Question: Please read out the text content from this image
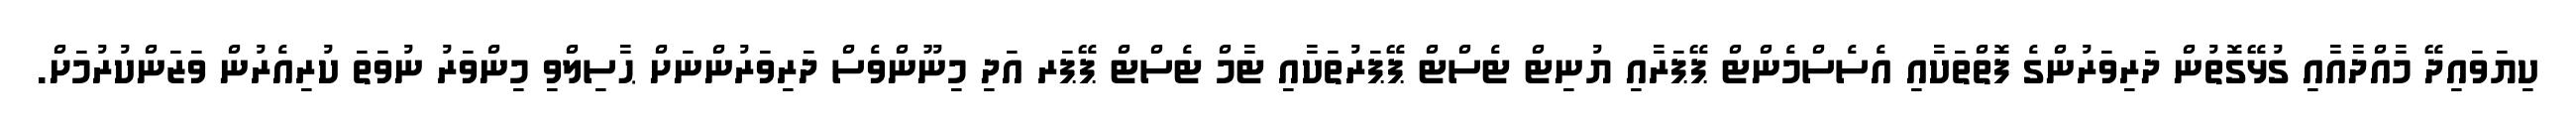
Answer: ކިޔަވައިދޭ މާއްދާއާއި ގުޅޭގޮތުން ދަރިވަރުންގެ ފޮތްތަކާއި އެސެސްމެންޓް ޕޭޕަރާއި ޔުނިޓް ޓެސްޓް ޕޭޕަރުތަކާއި ޓާމް ޓެސްޓް ޕޭޕަރ އަދި މިނޫންވެސް ދަރިވަރުންނަށް ޙާސިލްވި މިންވަރު ނުވަތަ ކުރިއެރުން ވަޒަންކުރުމަށް.